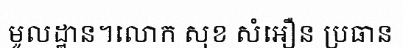
មូលដ្ឋាន។លោក សុខ សំអឿន ប្រធាន